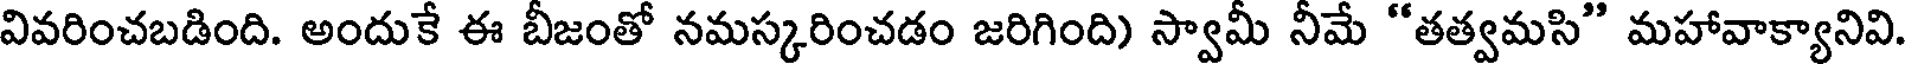
వివరించబడింది. అందుకే ఈ బీజంతో నమస్కరించడం జరిగింది) స్వామీ నీమే "తత్వమసి" మహావాక్యానివి.